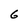
Character: G